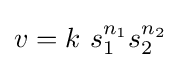
v=k\ s_{1}^{n_{1}}s_{2}^{n_{2}}